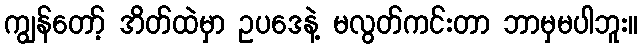
ကျွန်တော့် အိတ်ထဲမှာ ဥပဒေနဲ့ မလွတ်ကင်းတာ ဘာမှမပါဘူး။